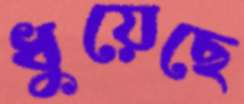
ধুয়েছে